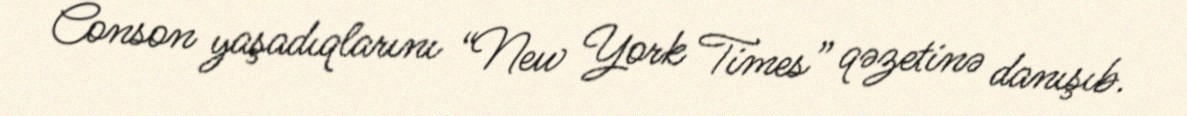
Conson yaşadıqlarını “New York Times” qəzetinə danışıb.